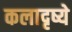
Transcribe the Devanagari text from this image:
कलादृष्ये